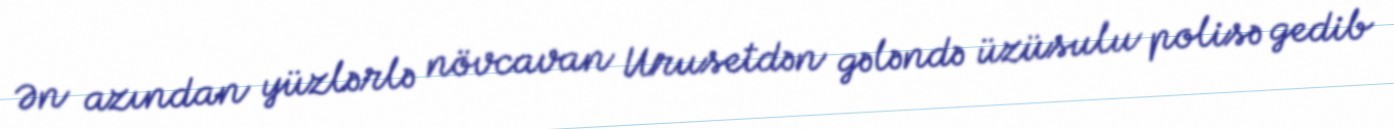
Ən azından yüzlərlə növcavan Urusetdən gələndə üzüsulu polisə gedib